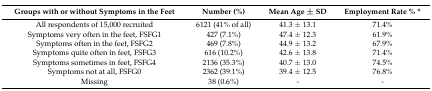
| Groups with or without Symptoms in the Feet | Number (%) | Mean Age ± SD | Employment Rate % * |
 | --- | --- | --- | --- |
 | All respondents of 15,000 recruited | 6121 (41% of all) | 41.3 ± 13.1 | 71.4% |
 | Symptoms very often in the feet, FSFG1 | 427 (7.1%) | 47.4 ± 12.3 | 61.9% |
 | Symptoms often in the feet, FSFG2 | 469 (7.8%) | 44.9 ± 13.2 | 67.9% |
 | Symptoms quite often in feet, FSFG3 | 616 (10.2%) | 42.6 ± 13.8 | 71.4% |
 | Symptoms sometimes in feet, FSFG4 | 2136 (35.3%) | 40.7 ± 13.0 | 74.5% |
 | Symptoms not at all, FSFG0 | 2362 (39.1%) | 39.4 ± 12.5 | 76.8% |
 | Missing | 38 (0.6%) | - | - |